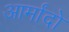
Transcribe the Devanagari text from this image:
आर्मांदो